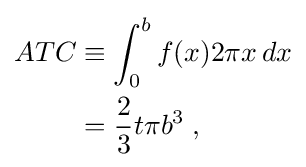
{\begin{aligned}ATC&{}\equiv \int _{0}^{b}f(x)2\pi x\,dx\\&{}={\frac {2}{3}}t\pi b^{3}\;,\end{aligned}}